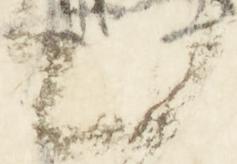
出